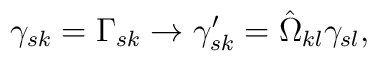
\gamma_{sk} = \Gamma_{sk} \rightarrow \gamma_{sk}^\prime = \hat{\Omega}_{kl} \gamma_{sl} ,